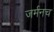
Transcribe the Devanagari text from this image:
जर्मनच